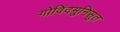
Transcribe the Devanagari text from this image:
गोविंदमुनिसुत